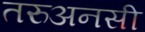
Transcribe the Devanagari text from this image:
तरुअनसी